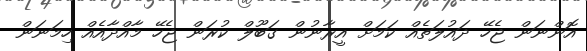
އޮންނަން ޖެހޭ ދައުލަތެއް ކަމަށް އީރާނުން ގަބޫލް ކުރަން ޖެހޭ މާއްދާއެއް ހިމަނަން